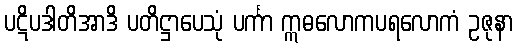
ပဋိပဒါတိအာဒိ ပတိဋ္ဌာပေသုံ ပင်္ကာ ဣဓလောကပရလောကံ ဥဇုနာ